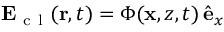
\mathbf { E } _ { \mathrm { ~ c ~ l ~ } } ( \mathbf { r } , t ) = \Phi ( \mathbf { x } , z , t ) \, \hat { \mathbf { e } } _ { x }